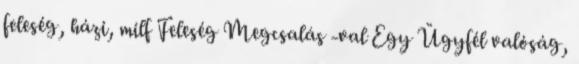
feleség, házi, milf Feleség Megcsalás -val Egy Ügyfél valóság,